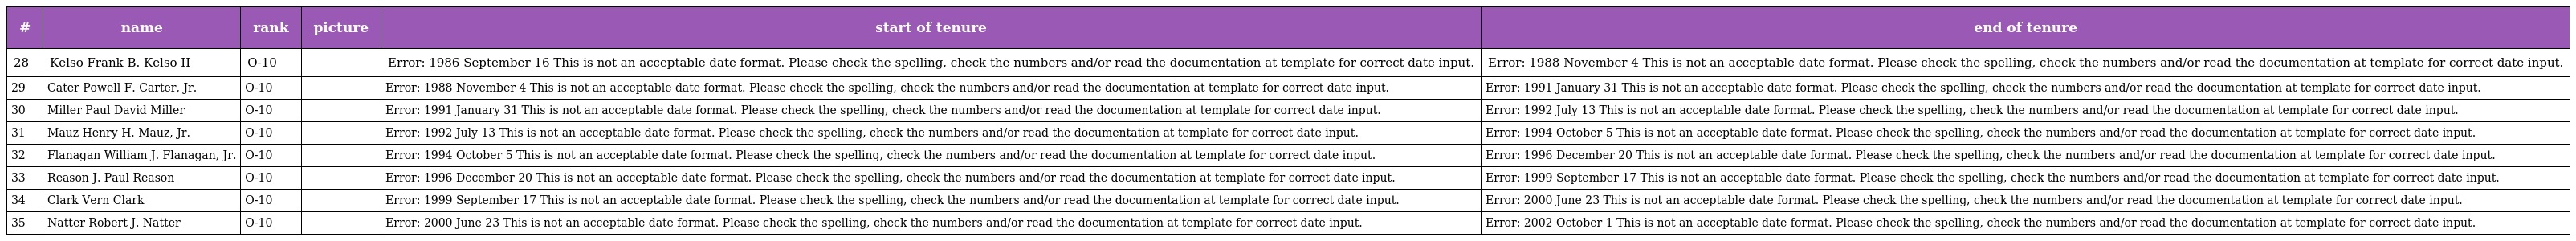
| # | name | rank | picture | start of tenure | end of tenure |
 | --- | --- | --- | --- | --- | --- |
 | 28 | Kelso Frank B. Kelso II | O-10 |  | Error: 1986 September 16 This is not an acceptable date format. Please check the spelling, check the numbers and/or read the documentation at template for correct date input. | Error: 1988 November 4 This is not an acceptable date format. Please check the spelling, check the numbers and/or read the documentation at template for correct date input. |
 | 29 | Cater Powell F. Carter, Jr. | O-10 |  | Error: 1988 November 4 This is not an acceptable date format. Please check the spelling, check the numbers and/or read the documentation at template for correct date input. | Error: 1991 January 31 This is not an acceptable date format. Please check the spelling, check the numbers and/or read the documentation at template for correct date input. |
 | 30 | Miller Paul David Miller | O-10 |  | Error: 1991 January 31 This is not an acceptable date format. Please check the spelling, check the numbers and/or read the documentation at template for correct date input. | Error: 1992 July 13 This is not an acceptable date format. Please check the spelling, check the numbers and/or read the documentation at template for correct date input. |
 | 31 | Mauz Henry H. Mauz, Jr. | O-10 |  | Error: 1992 July 13 This is not an acceptable date format. Please check the spelling, check the numbers and/or read the documentation at template for correct date input. | Error: 1994 October 5 This is not an acceptable date format. Please check the spelling, check the numbers and/or read the documentation at template for correct date input. |
 | 32 | Flanagan William J. Flanagan, Jr. | O-10 |  | Error: 1994 October 5 This is not an acceptable date format. Please check the spelling, check the numbers and/or read the documentation at template for correct date input. | Error: 1996 December 20 This is not an acceptable date format. Please check the spelling, check the numbers and/or read the documentation at template for correct date input. |
 | 33 | Reason J. Paul Reason | O-10 |  | Error: 1996 December 20 This is not an acceptable date format. Please check the spelling, check the numbers and/or read the documentation at template for correct date input. | Error: 1999 September 17 This is not an acceptable date format. Please check the spelling, check the numbers and/or read the documentation at template for correct date input. |
 | 34 | Clark Vern Clark | O-10 |  | Error: 1999 September 17 This is not an acceptable date format. Please check the spelling, check the numbers and/or read the documentation at template for correct date input. | Error: 2000 June 23 This is not an acceptable date format. Please check the spelling, check the numbers and/or read the documentation at template for correct date input. |
 | 35 | Natter Robert J. Natter | O-10 |  | Error: 2000 June 23 This is not an acceptable date format. Please check the spelling, check the numbers and/or read the documentation at template for correct date input. | Error: 2002 October 1 This is not an acceptable date format. Please check the spelling, check the numbers and/or read the documentation at template for correct date input. |